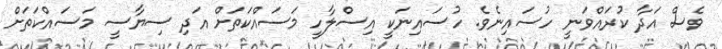
ވެސް އަދާ ކުރައްވަނީ ހުސައިނެވެ. ހުސައިނަކީ އިސްލާހީ މަސައްކަތަށް އަދި ސިޔާސީ މަސައްކަތަށް